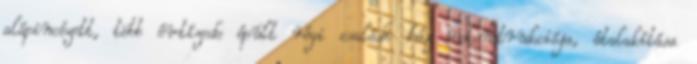
alápincézett, több évtízede épült régi családi ház rekonstrukciója, átalakítása